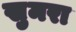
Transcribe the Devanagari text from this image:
खुमरा